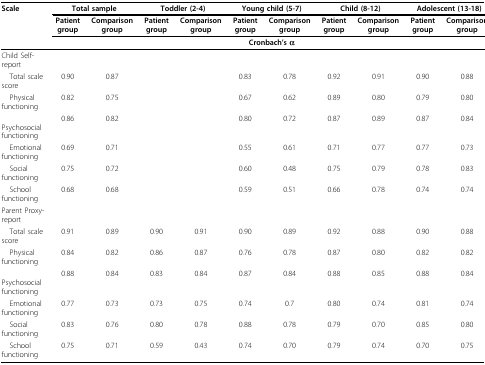
<table><thead><tr><td><b>Scale</b></td><td colspan="2"><b>Total sample</b></td><td colspan="2"><b>Toddler (2-4)</b></td><td colspan="2"><b>Young child (5-7)</b></td><td colspan="2"><b>Child (8-12)</b></td><td colspan="2"><b>Adolescent (13-18)</b></td></tr><tr><td></td><td><b>Patient group</b></td><td><b>Comparison group</b></td><td><b>Patient group</b></td><td><b>Comparison group</b></td><td><b>Patient group</b></td><td><b>Comparison group</b></td><td><b>Patient group</b></td><td><b>Comparison group</b></td><td><b>Patient group</b></td><td><b>Comparison group</b></td></tr><tr><td></td><td colspan="10"><b>Cronbach&#x27;s α</b></td></tr></thead><tbody><tr><td>Child Self-report</td><td></td><td></td><td></td><td></td><td></td><td></td><td></td><td></td><td></td><td></td></tr><tr><td> Total scale score</td><td>0.90</td><td>0.87</td><td></td><td></td><td>0.83</td><td>0.78</td><td>0.92</td><td>0.91</td><td>0.90</td><td>0.88</td></tr><tr><td> Physical functioning</td><td>0.82</td><td>0.75</td><td></td><td></td><td>0.67</td><td>0.62</td><td>0.89</td><td>0.80</td><td>0.79</td><td>0.80</td></tr><tr><td> Psychosocial functioning</td><td>0.86</td><td>0.82</td><td></td><td></td><td>0.80</td><td>0.72</td><td>0.87</td><td>0.89</td><td>0.87</td><td>0.84</td></tr><tr><td> Emotional functioning</td><td>0.69</td><td>0.71</td><td></td><td></td><td>0.55</td><td>0.61</td><td>0.71</td><td>0.77</td><td>0.77</td><td>0.73</td></tr><tr><td> Social functioning</td><td>0.75</td><td>0.72</td><td></td><td></td><td>0.60</td><td>0.48</td><td>0.75</td><td>0.79</td><td>0.78</td><td>0.83</td></tr><tr><td> School functioning</td><td>0.68</td><td>0.68</td><td></td><td></td><td>0.59</td><td>0.51</td><td>0.66</td><td>0.78</td><td>0.74</td><td>0.74</td></tr><tr><td>Parent Proxy-report</td><td></td><td></td><td></td><td></td><td></td><td></td><td></td><td></td><td></td><td></td></tr><tr><td> Total scale score</td><td>0.91</td><td>0.89</td><td>0.90</td><td>0.91</td><td>0.90</td><td>0.89</td><td>0.92</td><td>0.88</td><td>0.90</td><td>0.88</td></tr><tr><td> Physical functioning</td><td>0.84</td><td>0.82</td><td>0.86</td><td>0.87</td><td>0.76</td><td>0.78</td><td>0.87</td><td>0.80</td><td>0.82</td><td>0.82</td></tr><tr><td> Psychosocial functioning</td><td>0.88</td><td>0.84</td><td>0.83</td><td>0.84</td><td>0.87</td><td>0.84</td><td>0.88</td><td>0.85</td><td>0.88</td><td>0.84</td></tr><tr><td> Emotional functioning</td><td>0.77</td><td>0.73</td><td>0.73</td><td>0.75</td><td>0.74</td><td>0.7</td><td>0.80</td><td>0.74</td><td>0.81</td><td>0.74</td></tr><tr><td> Social functioning</td><td>0.83</td><td>0.76</td><td>0.80</td><td>0.78</td><td>0.88</td><td>0.78</td><td>0.79</td><td>0.70</td><td>0.85</td><td>0.80</td></tr><tr><td> School functioning</td><td>0.75</td><td>0.71</td><td>0.59</td><td>0.43</td><td>0.74</td><td>0.70</td><td>0.79</td><td>0.74</td><td>0.70</td><td>0.75</td></tr></tbody></table>